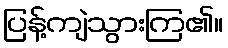
ပြန့်ကျဲသွားကြ၏။